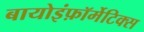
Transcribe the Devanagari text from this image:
बायोइंफ़ॉर्मेटिक्स